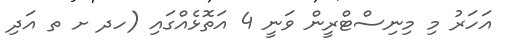
އަހަރު މި މިނިސްޓްރީން ވަނީ 4 އަތޮޅެއްގައި (ހދ ށ ތ އަދި